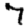
Digit: 7